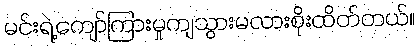
မင်းရဲ့ကျော်ကြားမှုကျသွားမလားစိုးထိတ်တယ်။